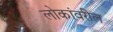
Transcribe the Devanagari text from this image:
लोकांवरील